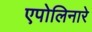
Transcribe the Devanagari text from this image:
एपोलिनारे